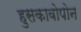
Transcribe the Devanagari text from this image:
हुसकावोपोन